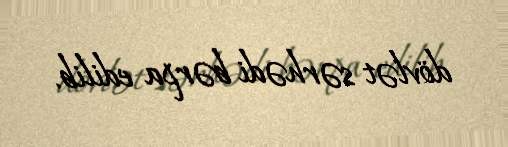
dövlət sərhədi bərpa edilib.